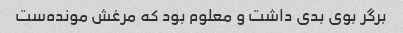
برگر بوی بدی داشت و معلوم بود که مرغش مونده‌ست